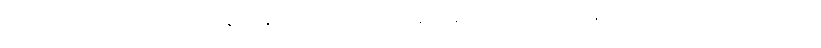
ဒီအစည်းအဝေးတွေမှာ မြန်မာနိုင်ငံကိုယ်စား ပြုနေရာနဲ့ ပတ်သက်ပြီး ချန်လှပ်ခဲ့တာ တွေ့ပါတယ်။